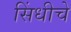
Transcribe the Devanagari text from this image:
सिंधीचे